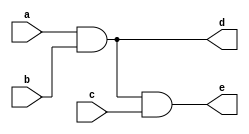
module tutorial3(
    input a,
    input b,
    input c,
    output reg d,
    output reg e

    //output d,
    //output e
    //yazmak yanltr

    //always blounun iinde input'lara atama yaplamaz
    //always blounun iinde output'lara atama yaplamaz
    //always blounun iinde output reg'lere atama yaplabilir
    //always blounun iinde reg'lere atama yaplabilir

    //input -> wire
    //output -> wire
    //output reg -> reg
);

//parantezin iine a yazlrsa:
//a her deitiinde always bloundaki ilemler yaplr
always @(a,b,c) 
begin
    d = a & b;
    e = d & c;
    //blocking assignment
    //nce d'nin deerini bulur
    //sonra d'yi kullanarak e'yi bulur

    //d <= a | b;
    //e <= d | c;
    //non blocking assignment
    //d'yi bulma ve e'yi bulma ilemlerini ayn anda yapar
    //e'yi bulurken d'nin eski deerini kullanr
end

endmodule